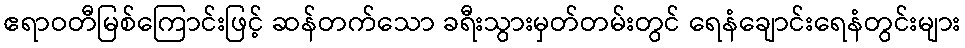
ဧရာဝတီမြစ်ကြောင်းဖြင့် ဆန်တက်သော ခရီးသွားမှတ်တမ်းတွင် ရေနံချောင်းရေနံတွင်းများ